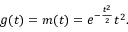
g ( t ) = m ( t ) = e ^ { - \frac { t ^ { 2 } } { 2 } } t ^ { 2 } .